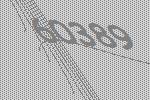
60389